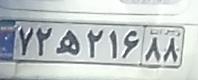
۷۲ه۲۱۶۸۸